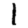
Digit: 1